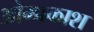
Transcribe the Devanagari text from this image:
ओम्प्रकाश